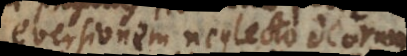
eversionem neglecto deorum